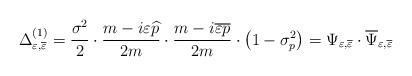
LaTeX: \begin{align*}\Delta _{\varepsilon ,\overline{\varepsilon }}^{(1)}=\frac{\sigma^2}2\cdot \frac{m-i\varepsilon \widehat{p}}{2m}\cdot\frac{m-i\overline{\varepsilon } \overline{p}}{2m}\cdot \left(1-\sigma _p^2\right) =\Psi _{\varepsilon , \overline{\varepsilon}}\cdot \overline{\Psi }_{\varepsilon ,\overline{ \varepsilon }}\end{align*}